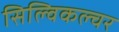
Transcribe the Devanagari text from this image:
सिल्विकल्चर